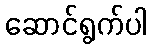
ဆောင်ရွက်ပါ